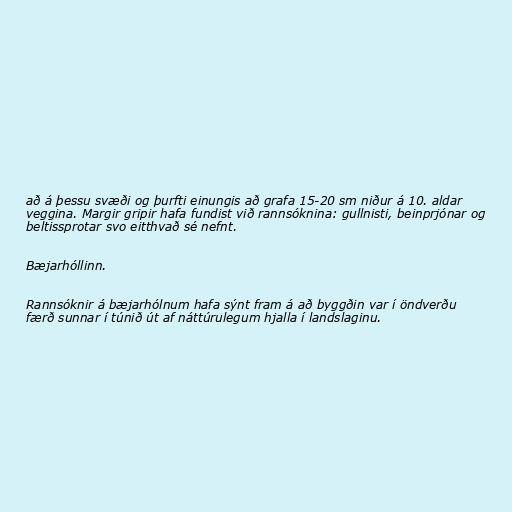
að á þessu svæði og þurfti einungis að grafa 15-20 sm niður á 10. aldar
veggina. Margir gripir hafa fundist við rannsóknina: gullnisti, beinprjónar og
beltissprotar svo eitthvað sé nefnt.

Bæjarhóllinn.

Rannsóknir á bæjarhólnum hafa sýnt fram á að byggðin var í öndverðu
færð sunnar í túnið út af náttúrulegum hjalla í landslaginu.